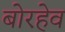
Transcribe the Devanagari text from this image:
बोरहेव